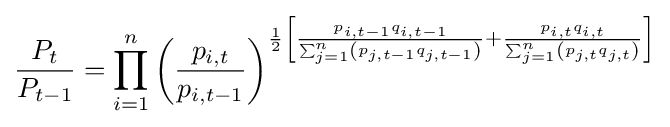
{\frac {P_{t}}{P_{t-1}}}=\prod _{i=1}^{n}\left({\frac {p_{i,t}}{p_{i,t-1}}}\right)^{{\frac {1}{2}}\left[{\frac {p_{i,t-1}q_{i,t-1}}{\sum _{j=1}^{n}\left(p_{j,t-1}q_{j,t-1}\right)}}+{\frac {p_{i,t}q_{i,t}}{\sum _{j=1}^{n}\left(p_{j,t}q_{j,t}\right)}}\right]}